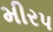
મીરપ